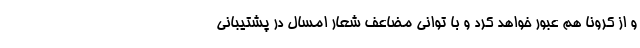
و از کرونا هم عبور خواهد کرد و با توانی مضاعف شعار امسال در پشتیبانی